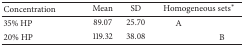
<table><thead><tr><td><b>Concentration</b></td><td><b>Mean</b></td><td><b>SD</b></td><td colspan="2"><b>Homogeneous sets*</b></td></tr></thead><tbody><tr><td>35% HP</td><td>89.07</td><td>25.70</td><td>A</td><td> </td></tr><tr><td>20% HP</td><td>119.32</td><td>38.08</td><td> </td><td>B</td></tr></tbody></table>